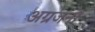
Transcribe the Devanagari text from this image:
अग्रजनों